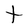
Character: t